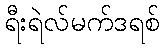
ရီးရဲလ်မက်ဒရစ်